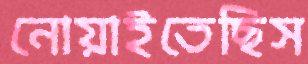
নোয়াইতেছিস